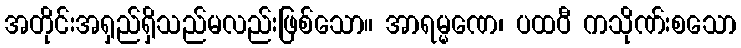
အတိုင်းအရှည်ရှိသည်မလည်းဖြစ်သော။ အာရမ္မဏေ၊ ပထဝီ ကသိုဏ်းစသော